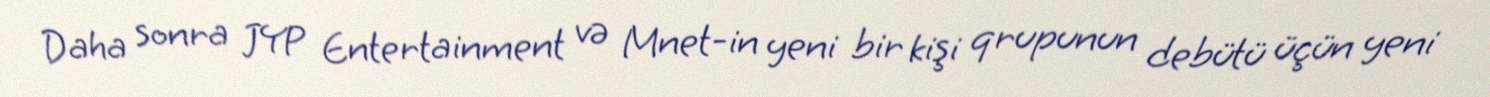
Daha sonra JYP Entertainment və Mnet-in yeni bir kişi qrupunun debütü üçün yeni